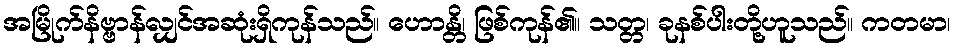
အမြိုက်နိဗ္ဗာန်လျှင်အဆုံးရှိကုန်သည်။ ဟောန္တိ၊ ဖြစ်ကုန်၏။ သတ္တ၊ ခုနစ်ပါးတို့ဟူသည်။ ကတမာ၊